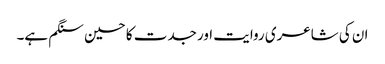
ان کی شاعری روایت اور جدت کا حسین سنگم ہے۔